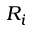
R _ { i }